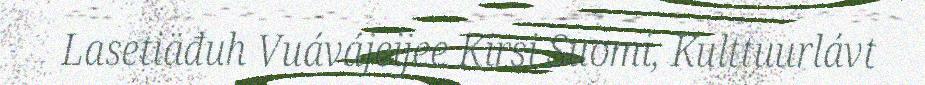
Lasetiäđuh Vuávájeijee Kirsi Suomi, Kulttuurlávt